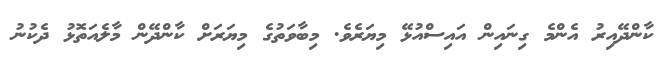
ކާންދޭއިރު އެންމެ ގިނައިން އައިސްއުޅޭ މިޔަރެވެ. މިބާވަތުގެ މިޔަރަށް ކާންދޭން މާލެއަތޮޅު ދެކުނު